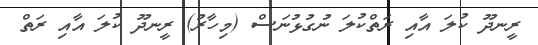
ރީނދޫ ކުލަ އާއި ރަތްކުލަ ނުގުޅުނަސް (މިހާރު) ރީނދޫ ކުލަ އާއި ރަތް